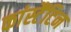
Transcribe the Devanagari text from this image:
कांस्टैंटिन